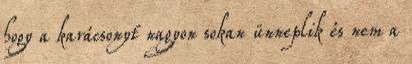
hogy a karácsonyt nagyon sokan ünneplik és nem a